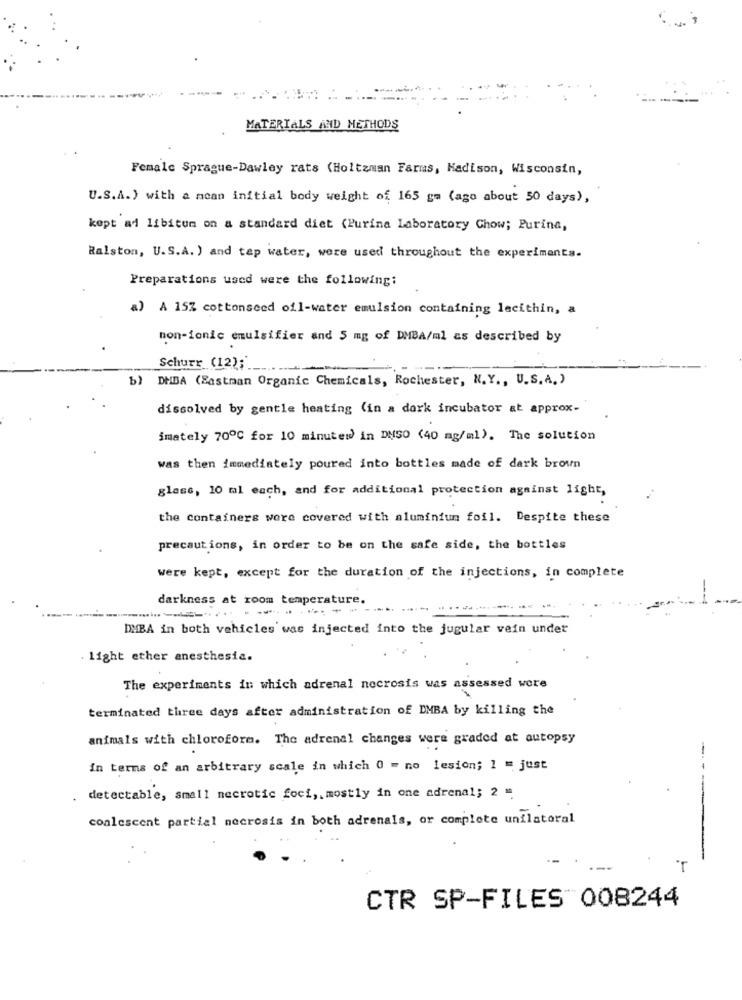
MATERIALS AND METHODS
Female Sprague-Dawley rats (Holtzman Farmas, Madison, Wisconsin,
U.S.A.) with a mean initial body weight of 165 gm (ago about 50 days),
kept ad libitum on a standard diet (Purina Laboratory Chow; Purina,
Ralston, U.S.A. ) and tep water, were used throughout the experiments.
Preparations used were the following:
a) A 15% cottonseed oil-water emulsion containing lecithin, a
non-ionic emulsifier and 5 mg of DMBA/ml as described by
Schurr (12);
b) DHDA (Eastman Organic Chemicals, Rochester, N.Y ., U.S.A.)
dissolved by gentle heating (in a dork incubator at approx-
imately 700℃ for 10 minutes) in DNSO (40 mg/ml). The solution
was then immediately poured into bottles made of dark brown
glass, 10 ml each, and for additional protection against light,
the containers were covered with aluminium foil. Despite these
precautions, in order to be on the safe side, the bottles
were kept, except for the duration of the injections, in complete
darkness at room temperature.
--
--...---
DMBA in both vehicles was injected into the jugular vein under
light ether anesthesia.
The experiments in which adrenal necrosis was assessed were
terminated three days after administration of DMBA by killing the
animals with chloroform. The adrenal changes were graded at autopsy
in terms of an arbitrary scale in which 0 = no lesion; 1 = just
detectable, small necrotic foci ,. mostly in one adrenal; 2 ".
coalescent partial necrosis in both adrenals, or complete unilateral
----
T
CTR SP-FILES 008244